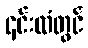
၎င်းထံတွင်